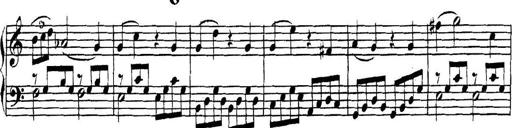
Title: Collected Piano Sonatas
Composer: Muzio Clementi